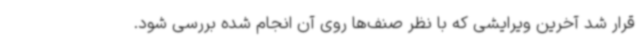
قرار شد آخرین ویرایشی که با نظر صنف‌ها روی آن انجام شده بررسی شود.